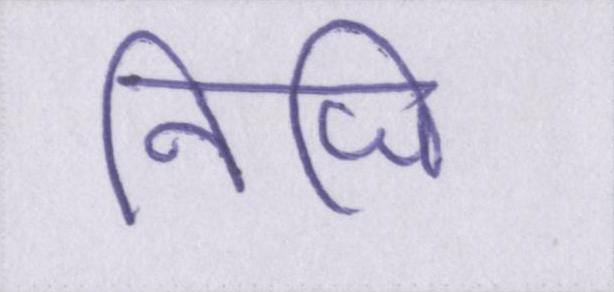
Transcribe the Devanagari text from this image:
निजि